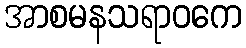
အာစမနသရာဝကေ